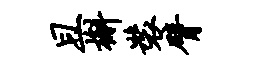
且槲装臂